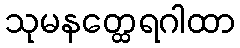
သုမနတ္ထေရဂါထာ